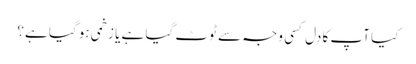
کیا آپ کا دل کسی وجہ سے ٹوٹ گیا ہے یا زخمی ہو گیا ہے؟